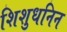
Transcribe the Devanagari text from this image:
शिशुधनिन